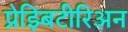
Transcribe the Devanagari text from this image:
प्रेझ्बिटीरिअन